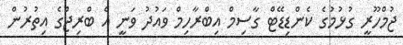
ޖުމްހޫރީ ގުޅުމުގެ ކެންޑިޑޭޓް ގާސިމް އިބްރާހިމް ވައުދު ވަނީ އެ ބްރިޖްގެ އިތުރުން